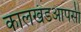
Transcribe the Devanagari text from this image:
कालखंडआपसी